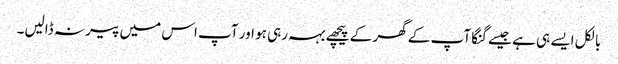
بالکل ایسے ہی ہے جیسے گنگا آپ کے گھر کے پیچھے بہہ رہی ہو اور آپ اس میں پیر نہ ڈالیں۔